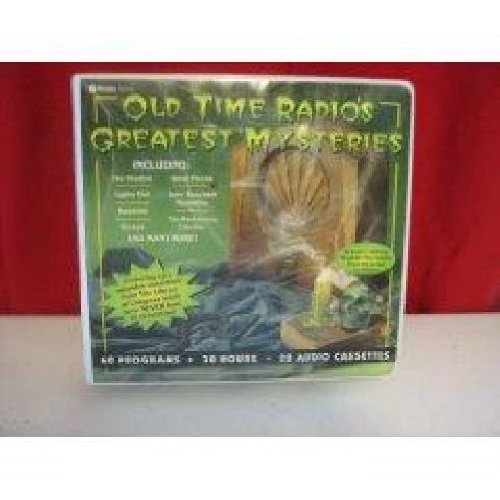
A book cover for Old-Time Radio's Greatest Mysteries - Including "The Shadow", "Escape", "Inner Sactum Mysteries" and "The Mysterious Traveler"; Humor & Entertainment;